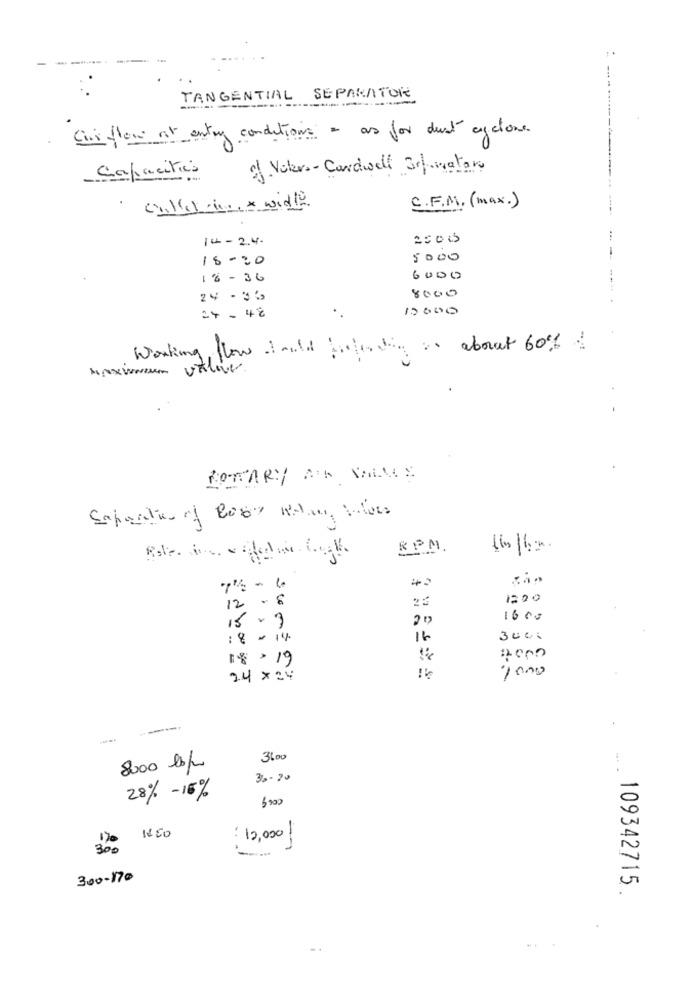
TANGENTIAL SEPARATOR
Cis flow at entry conditions = as for dust cyclone
Capacities
of Voters-Cardwell 3rfumatore
C.F.M. (max.)
called in x widle
14-2.4.
25005
18-20
5000
18-36
6000
24 - 36
8000
10000
24- 48
Working flow Iwill protesting : about 60%
valiver.
* -
ROTARY AIK VALLE
RPM.
12 - 8
1200
1600
15.3
:8 - 14
16
3000
18/19
1000
24× 24
3600
8000 lb/
36-20
28% -16%
$200
1850
170
: 12,000
300
300-170
109342715